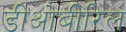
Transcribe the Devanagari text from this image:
डीओबीरिल